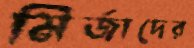
মির্জাদের